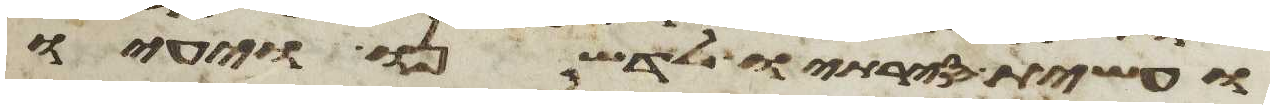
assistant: ועשית סירתיו לדשנו ויעיו